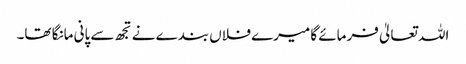
اللہ تعالیٰ فرمائے گا میرے فلاں بندے نے تجھ سے پانی مانگا تھا۔